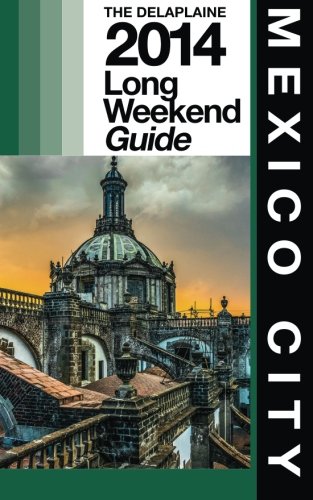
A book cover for MEXICO CITY - The Delaplaine 2014 Long Weekend Guide (Long Weekend Guides); Andrew Delaplaine; Travel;